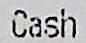
CASH